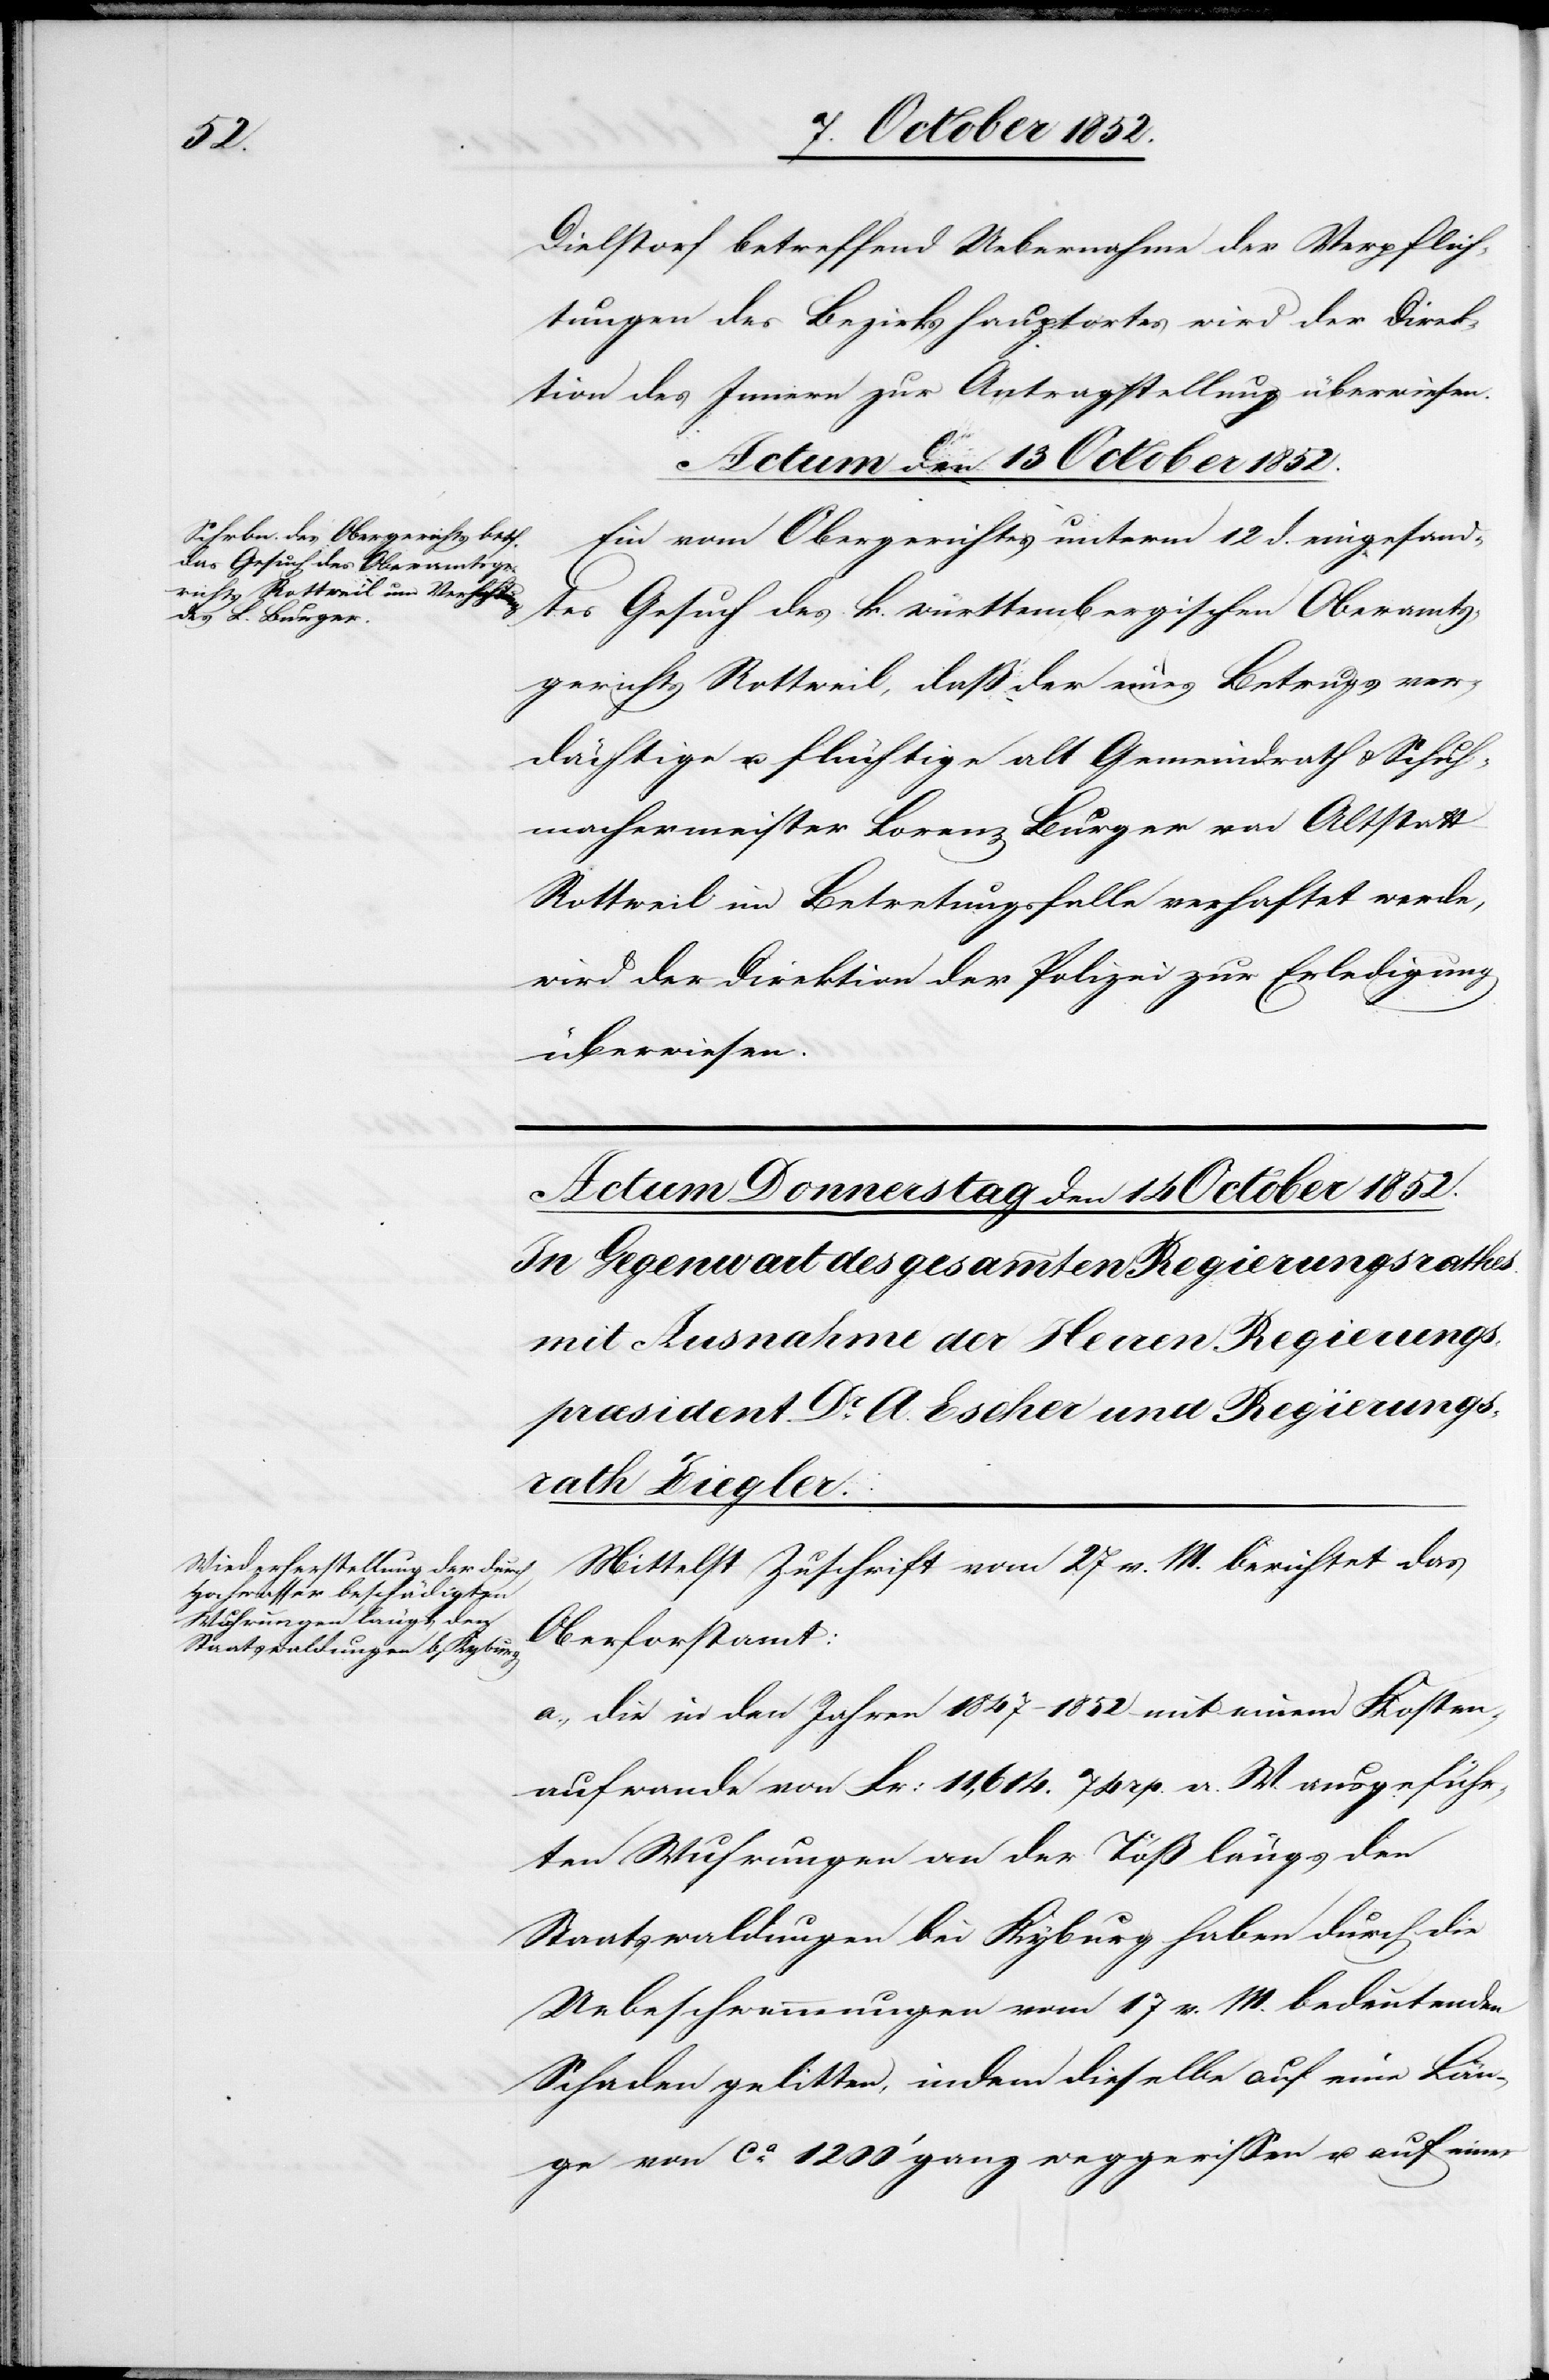
Dielstorf betreffend Uebernahme der Verpflich¬
tungen des Bezirkshauptortes wird der Direk¬
tion des Innern zur Antragstellung überwiesen.
Actum den 13 October 1852.
Ein vom Obergerichte unterm 12 d. eingesand¬
tes Gesuch des k. württembergischen Oberamts¬
gerichts Rottweil, daß der eines Betrugs ver¬
dächtige u. flüchtige alt Gemeindrath & Schuh¬
machermeister Lorenz Burger von Altstat¬
t-Rottweil im Betretungsfalle verhaftet werde,
wird der Direktion der Polizei zur Erledigung
überwiesen.
Mittelst Zuschrift vom 27 v. M. berichtet das
Oberforstamt:
a., Die in den Jahren 1847–1852 mit einem Kosten¬
aufwande von Fr: 11,614. 74 rp. a. W. ausgeführ¬
ten Wuhrungen an der Töß längs den
Staatswaldungen bei Kyburg haben durch die
Uebe[r]schwemmungen vom 17 v. M. bedeutenden
Schaden gelitten, indem dieselbe auf eine[r] Län¬
ge von ca. 1200‘ ganz weggerissen u. auf einer